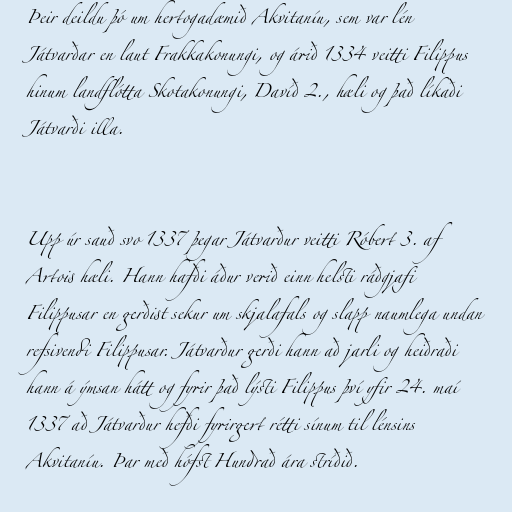
Þeir deildu þó um hertogadæmið Akvitaníu, sem var lén
Játvarðar en laut Frakkakonungi, og árið 1334 veitti Filippus
hinum landflótta Skotakonungi, Davíð 2., hæli og það líkaði
Játvarði illa.

Upp úr sauð svo 1337 þegar Játvarður veitti Róbert 3. af
Artois hæli. Hann hafði áður verið einn helsti ráðgjafi
Filippusar en gerðist sekur um skjalafals og slapp naumlega undan
refsivendi Filippusar. Játvarður gerði hann að jarli og heiðraði
hann á ýmsan hátt og fyrir það lýsti Filippus því yfir 24. maí
1337 að Játvarður hefði fyrirgert rétti sínum til lénsins
Akvitaníu. Þar með hófst Hundrað ára stríðið.